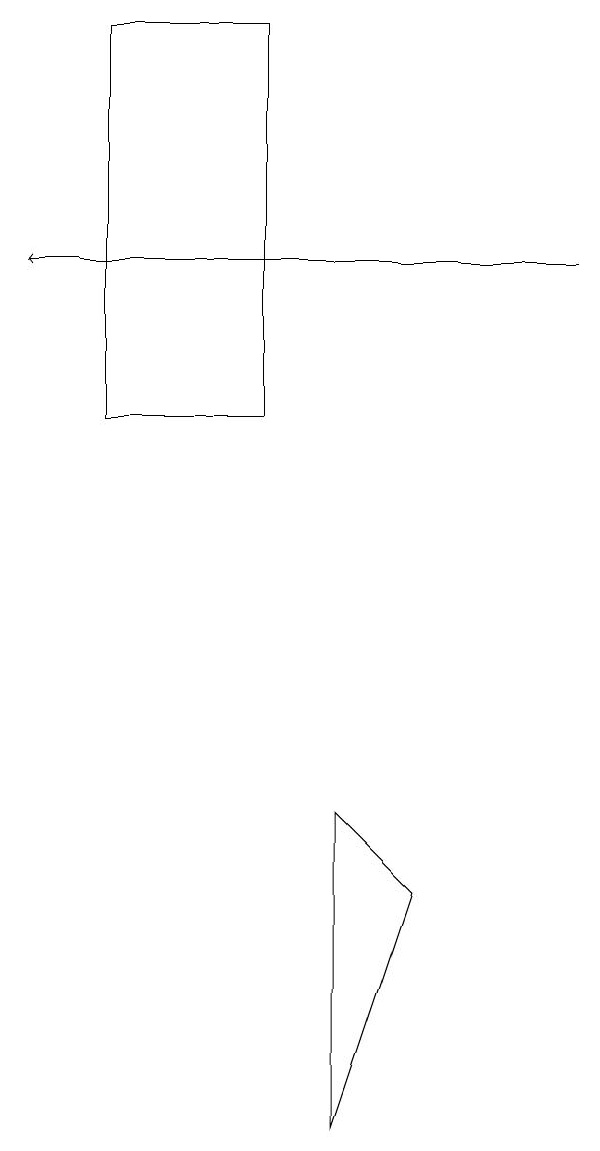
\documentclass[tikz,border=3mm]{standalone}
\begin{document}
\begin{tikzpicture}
\draw (3,18) rectangle (1,13);
\draw[->] (7,15) -- (0,15);
\draw (5,7) -- (4,4) -- (4,8) -- cycle;
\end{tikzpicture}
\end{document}